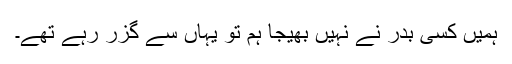
ہمیں کسی بدر نے نہیں بھیجا ہم تو یہاں سے گزر رہے تھے۔